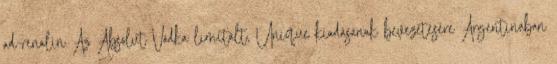
ad-renalin Az Absolut Vodka limitált, Unique kiadásának bevezetésére Argentínában